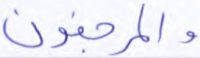
والمرجفون